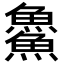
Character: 𩺰